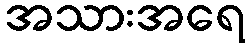
အသားအရေ